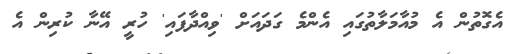
އެގޮތުން އެ މުއާމަލާތުގައި އެންމެ ގަދައަށް 'ވިއްދާފައި' ހުރީ އޭނާ ކުރިން އެ